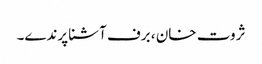
ثروت خان ، برف آشنا پرندے۔